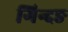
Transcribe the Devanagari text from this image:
गिन्दङ